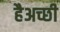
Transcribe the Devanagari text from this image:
हैअच्छी